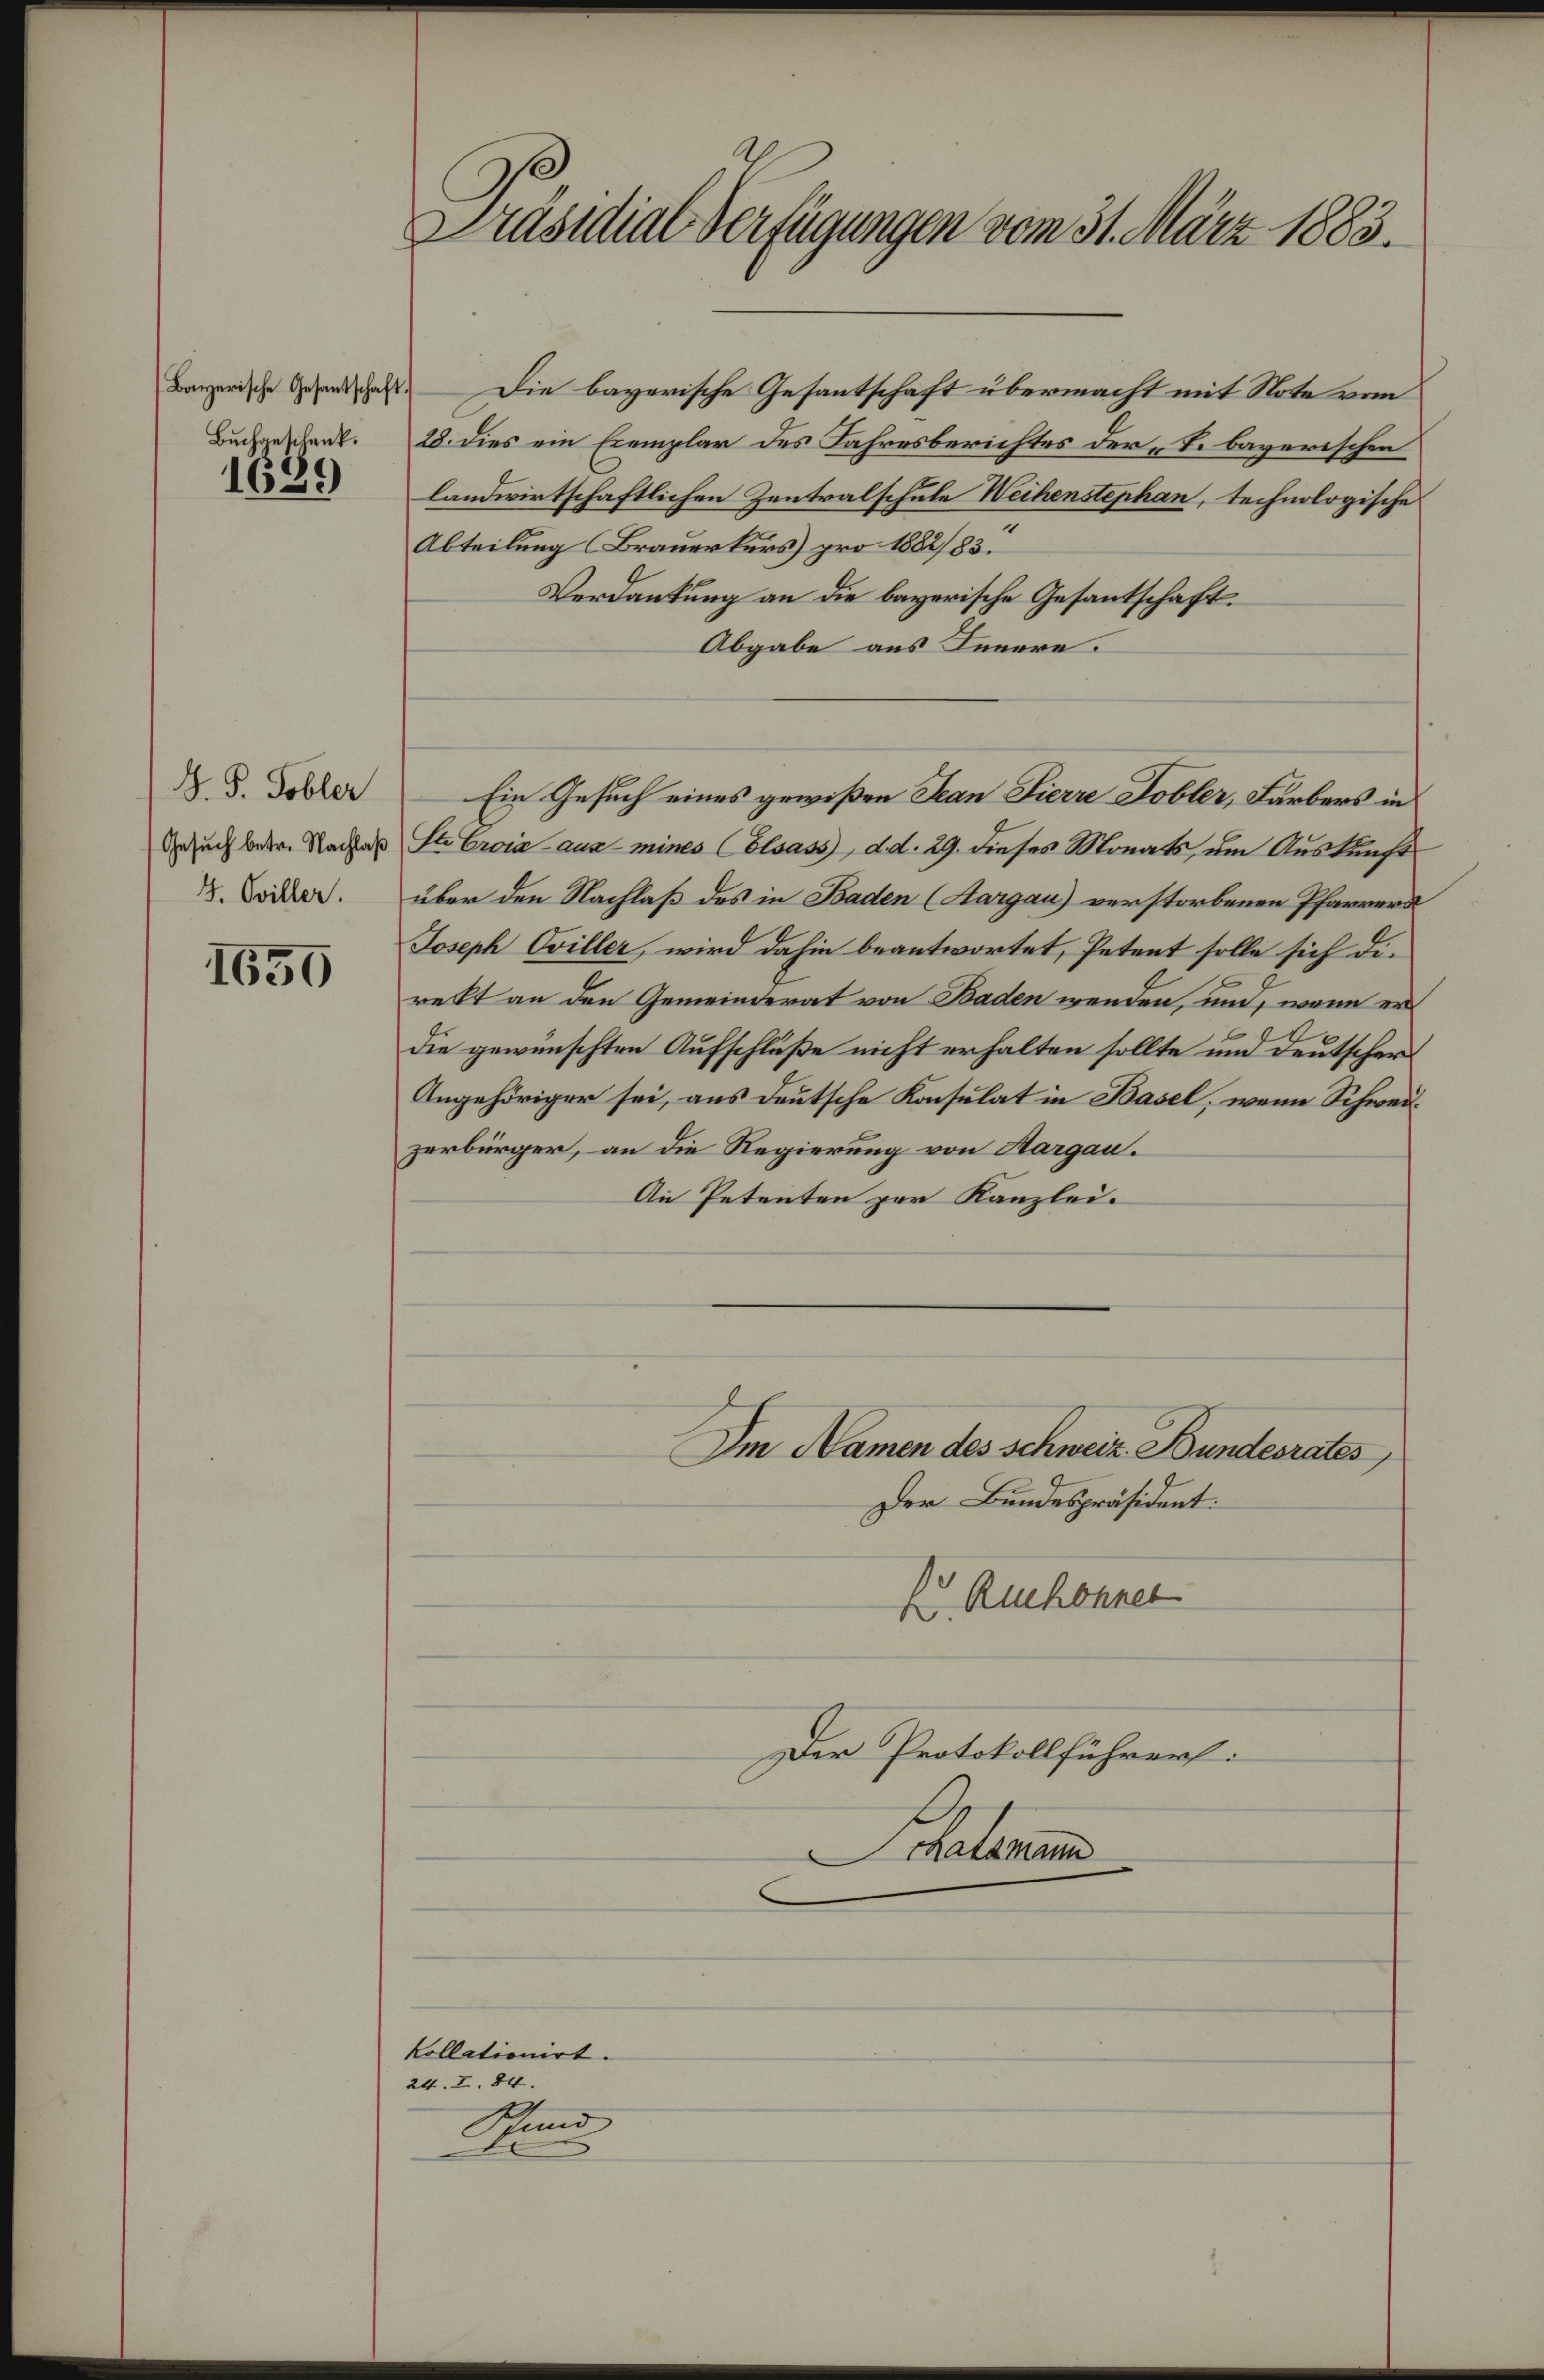
Buchgeschenk.

1689

J. P. Tobler
Gesuch betr. Nachlaß
G. Sviller.

1650

Präsidial-Verfügungen vom 31. März 1883.

Bayerische Gesandschaft. — Die bayerische Gesantschaft übermacht mit Note vom
28. dies ein Exemplar des Jahresberichtes der L. bayerischen
landwirtschaftlichen Zentralschule Weihenstephan, technologische
Abteilung (Brauerkurs pro 1882/83.
Verdankung an die bayerische Gesantschaft.
Abgabe aus Innere.
Ste Croix aus mines (Elsass, d. d. 29. dieses Monats, um Auskunft
über den Nachlaß des in Baden (Aargau) verstorbenen Pfarrers
Joseph Oviller, wird dahin beantwortet, Petent solle sich direkt an den Gemeinderat von Baden wenden, und, wenn er
die gewünschten Aufschluße nicht erhalten sollte und deutscher
Angehöriger sei, aus deutsche Konsulat in Basel, wenn Schweizerbürger, an die Regierung von Aargau.
An Petenten zur Kanzlei.
Im Namen des Schweiz. Bundesrates,
Der Bundespräsident.
K. Ruchonner
Der Protokollführers:
Schateram

kollationirt.
24. I. 84.
Rund

Ein Gesuch eines gewißen Jean Fierre Tobler, Färbers in